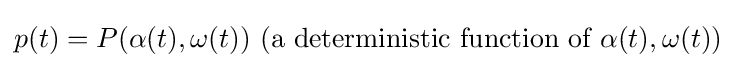
p(t)=P(\alpha (t),\omega (t)){\text{ (a deterministic function of }}\alpha (t),\omega (t){\text{)}}